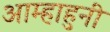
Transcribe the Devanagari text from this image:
आम्हाहुनी